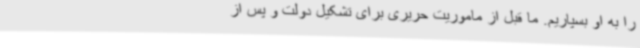
را به او بسپاریم. ما قبل از ماموریت حریری برای تشکیل دولت و پس از